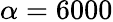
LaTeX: \alpha=6000